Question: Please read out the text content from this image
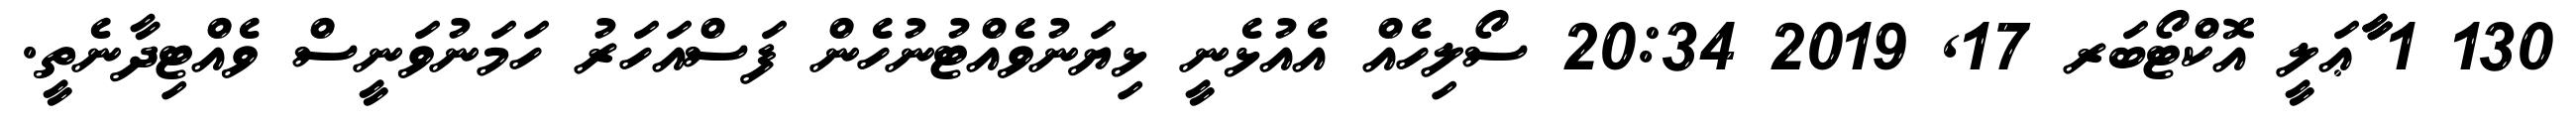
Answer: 130 1 ާާާޢަލީ އޮކްޓޯބަރ 17, 2019 20:34 ސޯލިހެއް އެއުޅެނީ ޅިޔަނުވެއްޓުނުހެން ފަސްއަހަރު ހަމަނުވަނީސް ވެއްޓިދާނެތީ.